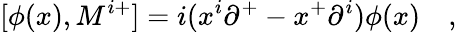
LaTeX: [\phi(x),M^{i+}]=i(x^{i}{\partial}^{+}-x^{+}{\partial}^{i})\phi(x)\quad,